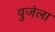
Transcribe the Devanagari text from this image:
वुजेला